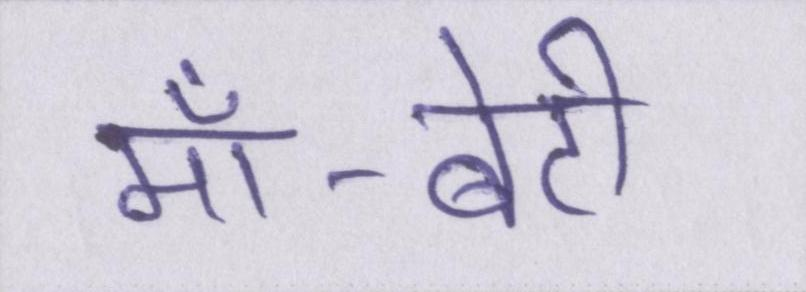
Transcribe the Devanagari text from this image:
माँ-बेटी